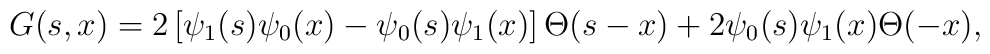
G(s,x) = 2 \left[\psi_{1}(s)  \psi_{0}(x)-   \psi_{0}(s)   \psi_{1}(x) \right] \Theta(s-x) +2 \psi_0(s) \psi_1(x) \Theta(-x),